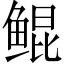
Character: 鲲